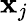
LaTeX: \mathbf{x}_{j}